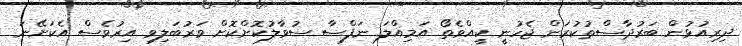
ދިރިއުޅުން ބަރުދާސްތުކުރަން ޖެހުނީ ކީއްވެތޯ އަމިއްލަ ނަފްސާ ސުވާލުކޮށްކޮށް ވަރުބަލިވި އިރުވެސް އެކަށޭނަ